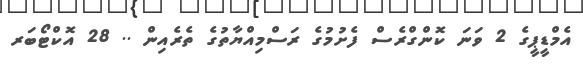
އެމްޑީޕީގެ 2 ވަނަ ކޮންގްރެސް ފެށުމުގެ ރަސްމިއްޔާތުގެ ތެރެއިން .. 28 އޮކްޓޯބަރ